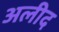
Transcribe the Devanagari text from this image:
अलीद